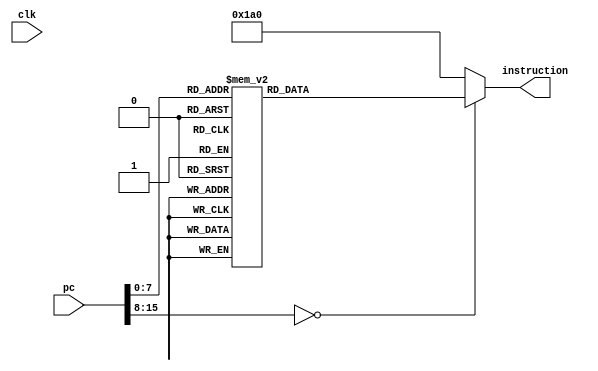
`timescale 1ns / 1ps
module InstructionROM3(
	input clk,
   input [15:0]pc, 
	output [8:0] instruction);
	
reg [8:0]_instOut;
assign instruction = _instOut;

parameter
		add			= 5'b00000,
		sub    		= 5'b00001,
		mv				= 5'b00010,
		mvToAdr    	= 5'b00011,
		mvAdr			= 5'b00100,
		rsAdr			= 5'b00101,
		seti			= 5'b00110,
		mvMath		= 5'b00111,
		mvToMath		= 5'b01000,
		mathToAdr	= 5'b01001,
		setReg		= 5'b01010,
		setCnt		= 5'b01011,
		mvCnt		   = 5'b01100,
		mvToCnt		= 5'b01101,
		rsCnt			= 5'b01110,
		be				= 5'b01111,
		bne			= 5'b10000,
		bez			= 5'b10001,
		bltz		   = 5'b10010,
		bgte			= 5'b10011,
		evu			= 5'b10100,
		evl			= 5'b10101,
		ld				= 5'b10110,
		st		   	= 5'b10111,
		jump			= 5'b11000,
		zeroReg		= 5'b11001,
		halt			= 5'b11010,
		toBeDefined	= 5'b11011;

always @ (*)
begin
    case(pc)
        1:  begin _instOut={rsCnt,			4'b0000}; end
		  2:  begin _instOut={seti,			4'b0001}; end
		  3:  begin _instOut={add,				4'b0000}; end
		  4:  begin _instOut={setCnt,			4'b0000}; end
		  5:  begin _instOut={zeroReg,		4'b0000}; end
		  6:  begin _instOut={seti,			4'b0000}; end
		  7:  begin _instOut={setReg,			4'b0000}; end
		  8:  begin _instOut={seti,			4'b0010}; end
		  9:  begin _instOut={setReg,			4'b0100}; end
		  10: begin _instOut={mvCnt,			4'b0001}; end
		  11: begin _instOut={rsAdr,			4'b0001}; end
		  12: begin _instOut={seti,			4'b1010}; end
		  13: begin _instOut={mathToAdr,		4'b0000}; end
		  14: begin _instOut={seti,			4'b0100}; end
		  15: begin _instOut={mathToAdr,		4'b0100}; end
		  16: begin _instOut={bgte,			4'b0100}; end
		  17: begin _instOut={seti,			4'b0001}; end
		  18: begin _instOut={sub,				4'b0100}; end		
		  19: begin _instOut={rsAdr,			4'b0001}; end
		  20: begin _instOut={seti,			4'b1001}; end
		  21: begin _instOut={mathToAdr,		4'b0000}; end
		  22: begin _instOut={seti,			4'b0010}; end
		  23: begin _instOut={mathToAdr,		4'b0100}; end
		  24: begin _instOut={bltz,			4'b0000}; end
		  25: begin _instOut={rsAdr,			4'b0001}; end
		  26: begin _instOut={seti,			4'b0000}; end
		  27: begin _instOut={mathToAdr,		4'b0000}; end
		  28: begin _instOut={ld,				4'b0001}; end
		  29: begin _instOut={rsAdr,			4'b0001}; end
		  30: begin _instOut={seti,			4'b0111}; end
		  31: begin _instOut={mathToAdr,		4'b0000}; end
		  32: begin _instOut={seti,			4'b0001}; end
		  33: begin _instOut={mathToAdr,		4'b0100}; end
		  34: begin _instOut={bez,				4'b0100}; end
		  35: begin _instOut={mvCnt,			4'b0010}; end
		  36: begin _instOut={rsAdr,			4'b0001}; end
		  37: begin _instOut={seti,			4'b0000}; end
		  38: begin _instOut={mathToAdr,		4'b0000}; end
		  39: begin _instOut={seti,			4'b1000}; end
		  40: begin _instOut={mathToAdr,		4'b0100}; end
		  41: begin _instOut={ld,				4'b1010}; end
		  42: begin _instOut={ld,				4'b0011}; end
		  43: begin _instOut={rsAdr,			4'b0001}; end
		  44: begin _instOut={seti,			4'b1011}; end
		  45: begin _instOut={mathToAdr,		4'b0000}; end
		  46: begin _instOut={bne,				4'b1011}; end	
        47: begin _instOut={seti,			4'b0001}; end	
        48: begin _instOut={add,				4'b0101}; end	
        49: begin _instOut={rsAdr,			4'b0001}; end	
        50: begin _instOut={seti,			4'b0000}; end	
        51: begin _instOut={mathToAdr,		4'b0000}; end	
        52: begin _instOut={st,				4'b0001}; end	
        53: begin _instOut={rsAdr,			4'b0001}; end	
        54: begin _instOut={seti,			4'b1001}; end	
        55: begin _instOut={mathToAdr,		4'b0000}; end	
        56: begin _instOut={jump,			4'b0000}; end	
        57: begin _instOut={seti,			4'b0001}; end	
        58: begin _instOut={sub,				4'b0000}; end	
        59: begin _instOut={rsAdr,			4'b0000}; end	
        60: begin _instOut={seti,			4'b1101}; end	
        61: begin _instOut={mathToAdr,		4'b0000}; end	
        62: begin _instOut={seti,			4'b0010}; end	
        63: begin _instOut={mathToAdr,		4'b0100}; end	
        64: begin _instOut={jump,			4'b0000}; end	
        65: begin _instOut={mvCnt,			4'b0001}; end	
        66: begin _instOut={zeroReg,		4'b0010}; end	
        67: begin _instOut={rsAdr,			4'b0001}; end	
        68: begin _instOut={seti,			4'b0101}; end	
        69: begin _instOut={mathToAdr,		4'b0000}; end	
        70: begin _instOut={bltz,			4'b0000}; end	
        71: begin _instOut={rsAdr,			4'b0001}; end	
        72: begin _instOut={seti,			4'b0011}; end	
        73: begin _instOut={mathToAdr,		4'b0000}; end	
        74: begin _instOut={jump,			4'b0000}; end	
        75: begin _instOut={seti,			4'b0001}; end	
        76: begin _instOut={add,				4'b1010}; end	
        77: begin _instOut={rsAdr,			4'b0001}; end	
        78: begin _instOut={seti,			4'b0000}; end	
        79: begin _instOut={mathToAdr,		4'b0000}; end	
        80: begin _instOut={st,				4'b0110}; end	
        81: begin _instOut={seti,			4'b0001}; end	
        82: begin _instOut={add,				4'b0101}; end	
        83: begin _instOut={mvToCnt,		4'b0100}; end	
        84: begin _instOut={rsAdr,			4'b0000}; end	
        85: begin _instOut={seti,			4'b0100}; end	
        86: begin _instOut={mathToAdr,		4'b0000}; end	
        87: begin _instOut={seti,			4'b0101}; end	
        88: begin _instOut={mathToAdr,		4'b0100}; end	
        89: begin _instOut={jump,			4'b0000}; end
		  
        90: begin _instOut={zeroReg,		4'b0000}; end
		  91: begin _instOut={zeroReg,		4'b0001}; end
		  92: begin _instOut={zeroReg,		4'b0010}; end
		  93: begin _instOut={zeroReg,		4'b0011}; end
		  94: begin _instOut={seti,			4'b0000}; end
		  95: begin _instOut={setReg,			4'b0011}; end
		  96: begin _instOut={seti,			4'b0010}; end
		  97: begin _instOut={setReg,			4'b0111}; end
		  98: begin _instOut={rsAdr,			4'b0001}; end
		  99: begin _instOut={seti,			4'b0000}; end
		  100:begin _instOut={mathToAdr,		4'b0000}; end
		  101: begin _instOut={seti,			4'b0001}; end
		  102:begin _instOut={mathToAdr,		4'b0100}; end
		  103:begin _instOut={bgte,			4'b0111}; end
		  104:begin _instOut={mvToAdr,		4'b1000}; end
		  105:begin _instOut={ld,				4'b0111}; end
		  106:begin _instOut={rsAdr,			4'b0001}; end
		  107:begin _instOut={seti,			4'b0010}; end
		  108:begin _instOut={mathToAdr,		4'b0000}; end
		  109:begin _instOut={bgte,			4'b0011}; end
		  110:begin _instOut={mv,				4'b1100}; end
		  111:begin _instOut={seti,			4'b0001}; end
		  112:begin _instOut={add,				4'b0101}; end
		  113:begin _instOut={rsAdr,			4'b0000}; end
		  114:begin _instOut={seti,			4'b1000}; end
		  115:begin _instOut={mathToAdr,		4'b0000}; end
		  116:begin _instOut={seti,			4'b0001}; end
		  117:begin _instOut={mathToAdr,		4'b0100}; end
		  118:begin _instOut={jump,			4'b0011}; end
		  
		  119:begin _instOut={zeroReg,		4'b0001}; end
		  120:begin _instOut={zeroReg,		4'b0010}; end
		  121:begin _instOut={seti,			4'b0000}; end
		  122:begin _instOut={setReg,			4'b0011}; end
		  123:begin _instOut={seti,			4'b0010}; end
		  124:begin _instOut={setReg,			4'b0111}; end
		  125:begin _instOut={rsAdr,			4'b0001}; end
		  126:begin _instOut={seti,			4'b1101}; end
		  127:begin _instOut={mathToAdr,		4'b0000}; end
		  128:begin _instOut={seti,			4'b0001}; end
		  129:begin _instOut={mathToAdr,		4'b0100}; end
		  130:begin _instOut={bgte,			4'b0111}; end
		  131:begin _instOut={mvToCnt,		4'b0000}; end
		  132:begin _instOut={zeroReg,		4'b0000}; end
		  133:begin _instOut={mvToAdr,		4'b0000}; end
		  134:begin _instOut={ld,				4'b1011}; end
		  135:begin _instOut={mvCnt,			4'b0000}; end
		  136:begin _instOut={rsAdr,			4'b0001}; end
		  137:begin _instOut={seti,			4'b1100}; end
		  138:begin _instOut={mathToAdr,		4'b0000}; end
		  139:begin _instOut={bne,				4'b0011}; end
		  140:begin _instOut={rsAdr,			4'b0001}; end
		  141:begin _instOut={seti,			4'b0000}; end
		  142:begin _instOut={mathToAdr,		4'b0000}; end
		  143:begin _instOut={seti,			4'b1000}; end
		  144:begin _instOut={mathToAdr,		4'b0100}; end
		  145:begin _instOut={ld,				4'b1011}; end
		  146:begin _instOut={rsAdr,			4'b0001}; end
		  147:begin _instOut={seti,			4'b0010}; end
		  148:begin _instOut={mathToAdr,		4'b0000}; end
		  149:begin _instOut={bgte,			4'b0111}; end
		  150:begin _instOut={mv,				4'b1101}; end
		  151:begin _instOut={seti,			4'b0001}; end
		  152:begin _instOut={add,				4'b1010}; end
		  153:begin _instOut={rsAdr,			4'b0000}; end
		  154:begin _instOut={seti,			4'b0101}; end
		  155:begin _instOut={mathToAdr,		4'b0000}; end
		  156:begin _instOut={seti,			4'b0010}; end
		  157:begin _instOut={mathToAdr,		4'b0100}; end
		  158:begin _instOut={jump,			4'b0000}; end
		  159:begin _instOut={rsAdr,			4'b0001}; end
		  160:begin _instOut={seti,			4'b0000}; end
		  161:begin _instOut={mathToAdr,		4'b0000}; end
		  162:begin _instOut={seti,			4'b0100}; end
		  163:begin _instOut={mathToAdr,		4'b0100}; end
		  164:begin _instOut={zeroReg,		4'b0000}; end
		  165:begin _instOut={st,				4'b0001}; end
		  
        default: begin _instOut={halt,			4'b0000}; end //halt
    endcase

end
endmodule